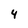
Character: 4